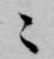
ニ